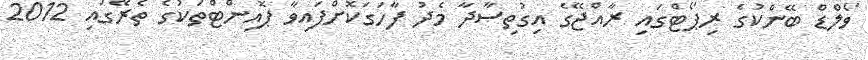
ވޯލްޑް ބޭންކުގެ ރިޕޯޓްގައި ރާއްޖޭގެ އިގުތިސާދާ މެދު ފާހަގަކޮށްފައިވާ ޕޮއިންޓްތަކުގެ ތެރޭގައި 2012